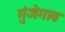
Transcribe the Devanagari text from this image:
गुंजेगाव